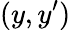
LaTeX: (y,y^{\prime})